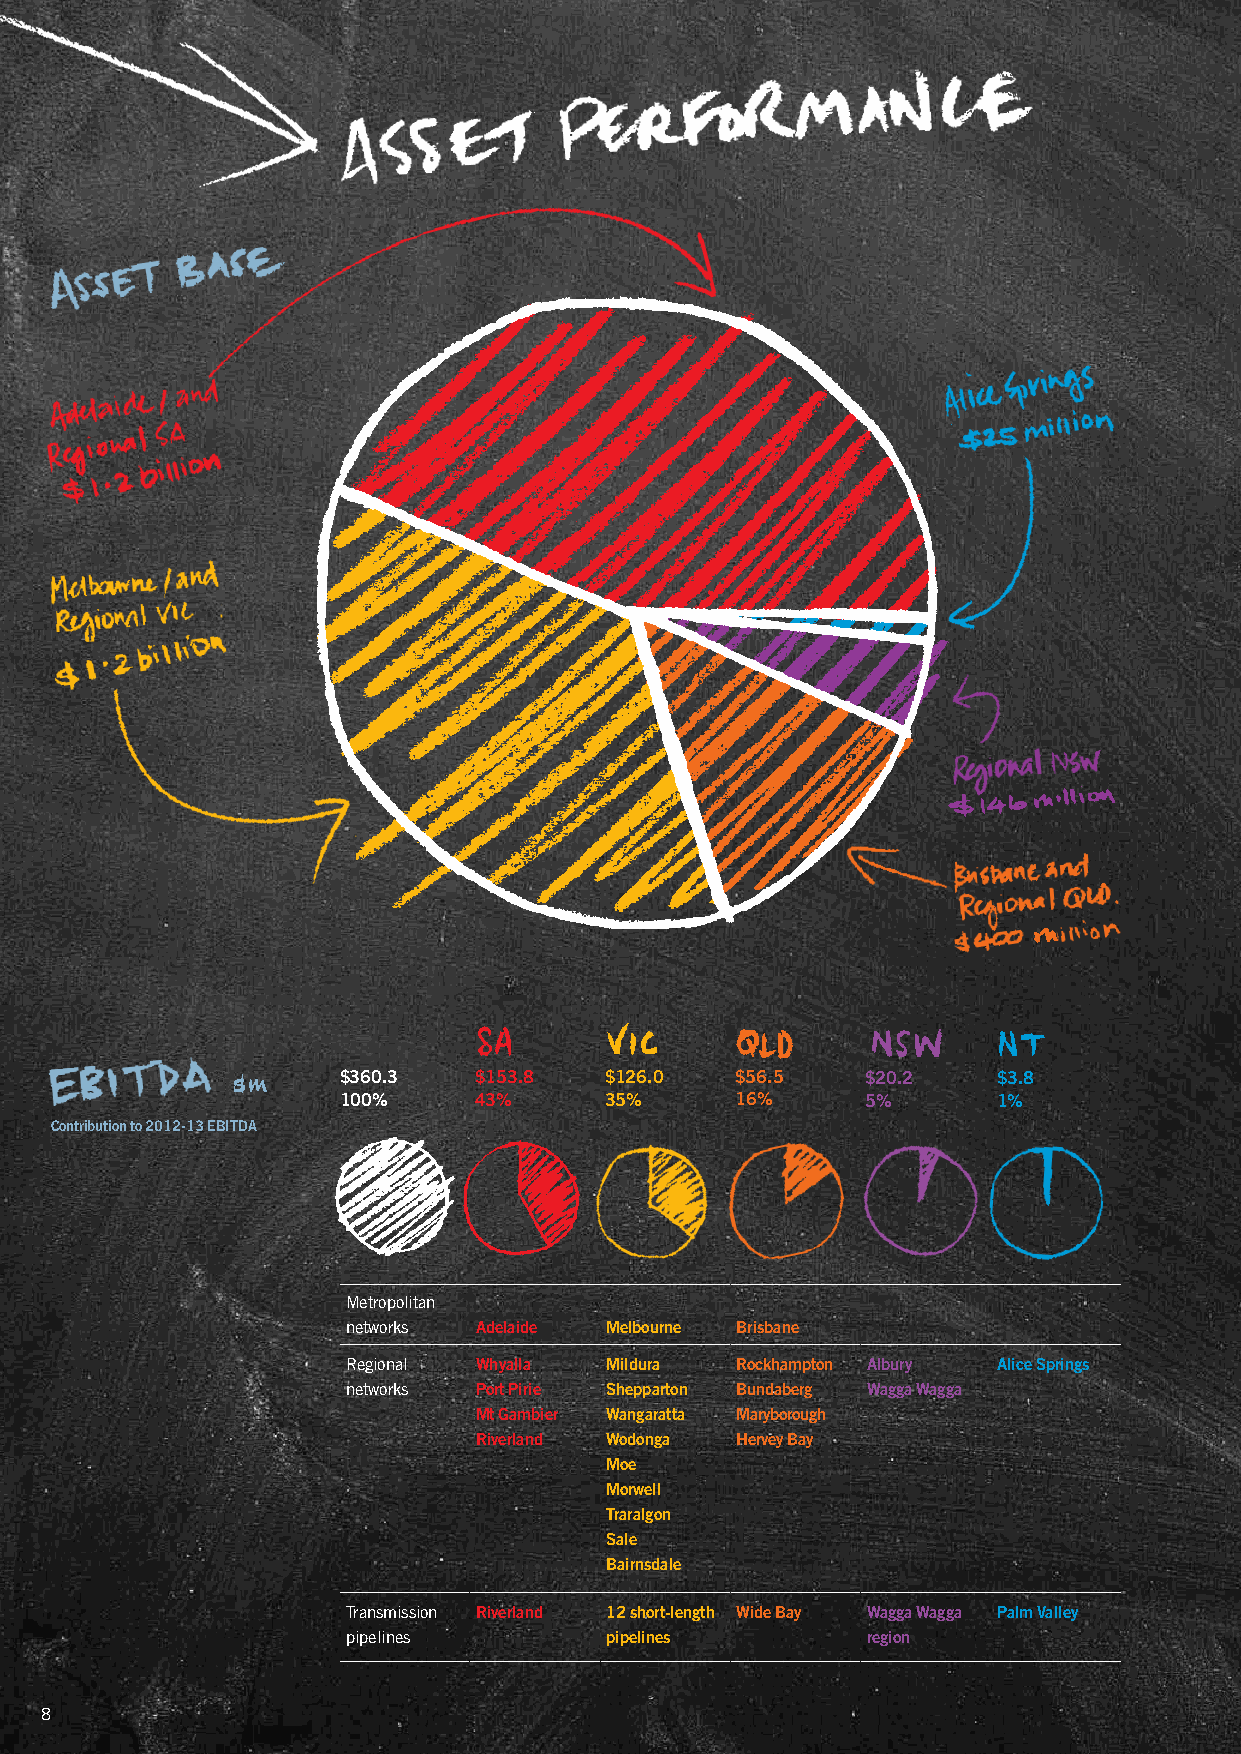
$360.3   $153.8   $126.0   $56.5   $20.2    $3.8
 100%     43%      35%      16%     5%       1%
 Contribution to 2012-13 EbiTda
 Metropolitan
 networks adelaide melbourne brisbane
 Regional Whyalla mildura  rockhampton albury alice Springs
 networks Port Pirie Shepparton bundaberg Wagga Wagga
 mt Gambier Wangaratta maryborough
 riverland Wodonga Hervey bay
 moe
 morwell
 Traralgon
 Sale
 bairnsdale
 Transmission riverland 12 short-length Wide bay Wagga Wagga Palm Valley
 pipelines        pipelines        region
 8